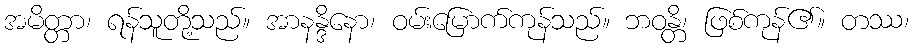
အမိတ္တာ၊ ရန်သူတို့သည်။ အာနန္ဒိနော၊ ဝမ်းမြောက်ကုန်သည်။ ဘဝန္တိ၊ ဖြစ်ကုန်၏။ တဿ၊